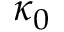
\kappa _ { 0 }